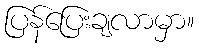
ပြန်ပြေးချလာမှာ။